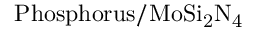
\mathrm { P h o s p h o r u s / M o S i _ { 2 } N _ { 4 } }